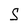
Character: S